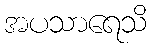
အပသာရေသိ